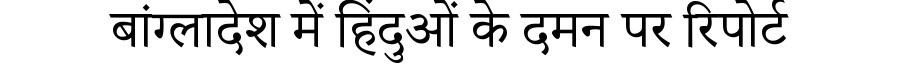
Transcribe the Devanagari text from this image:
बांग्लादेश में हिंदुओं के दमन पर रिपोर्ट